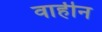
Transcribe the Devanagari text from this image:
वाहीन